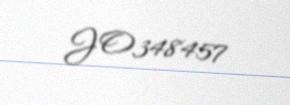
JO348457